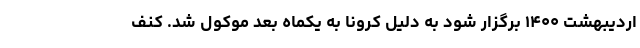
اردیبهشت ۱۴۰۰ برگزار شود به دلیل کرونا به یکماه بعد موکول شد. کنف